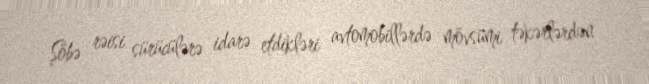
Şöbə rəisi sürücülərə idarə etdikləri avtomobillərdə mövsümi təkərlərdən